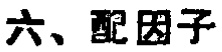
六、配因子